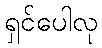
ရှင်ပေါလု